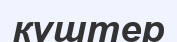
күштер